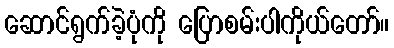
ဆောင်ရွက်ခဲ့ပုံကို ပြောစမ်းပါကိုယ်တော်။